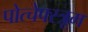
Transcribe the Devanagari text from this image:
पोत्चेफ्स्त्रूम